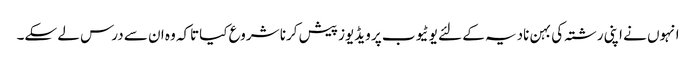
انہوں نے اپنی رشتہ کی بہن نادیہ کے لئے یوٹیوب پر ویڈیوز پیش کرنا شروع کیاتاکہ وہ ان سے درس لے سکے۔